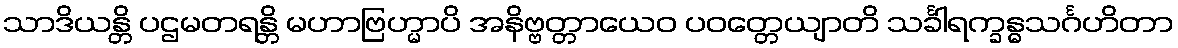
သာဒိယန္တိ ပဌမတရန္တိ မဟာဗြဟ္မာပိ အနိဗ္ဗတ္တာယေဝ ပဝတ္တေယျာတိ သင်္ခါရက္ခန္ဓသင်္ဂဟိတာ